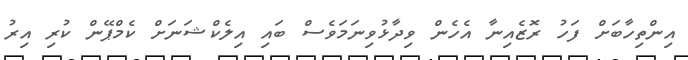
އިންތިހާބަށް ފަހު ރޮޒެއިނާ އެހެން ވިދާޅުވިނަމަވެސް ބައި އިލެކްޝަނަށް ކެމްޕޭން ކުރި އިރު